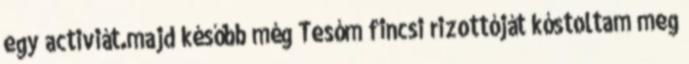
egy activiát.majd később még Tesóm fincsi rizottóját kóstoltam meg